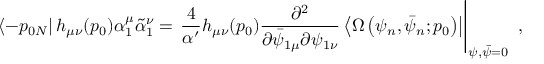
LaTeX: \left\langle - p _ { 0 N } \right| h _ { \mu \nu } ( p _ { 0 } ) \alpha _ { 1 } ^ { \mu } \tilde { \alpha } _ { 1 } ^ { \nu } = \left. \frac { 4 } { \alpha ^ { \prime } } h _ { \mu \nu } ( p _ { 0 } ) \frac { \partial ^ { 2 } } { \partial \bar { \psi } _ { 1 \mu } \partial \psi _ { 1 \nu } } \left\langle \Omega \left( \psi _ { n } , \bar { \psi } _ { n } ; p _ { 0 } \right) \right| \right| _ { \psi , \bar { \psi } = 0 } ~ ,